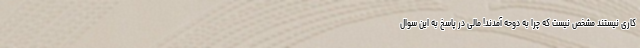
کاری نیستند مشخص نیست که چرا به دوحه آمدند! مالی در پاسخ به این سوال